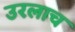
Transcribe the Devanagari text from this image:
उरलाच